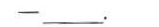
——___.